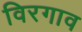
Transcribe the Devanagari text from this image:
विरगाव